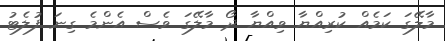
މާލޭގަ ކަމެއް ކުރިއްޔާ ވިއްޔާ ދޯ މާލޭގަ ވެސް އެންމެ ގިނަ ފުލެޓު